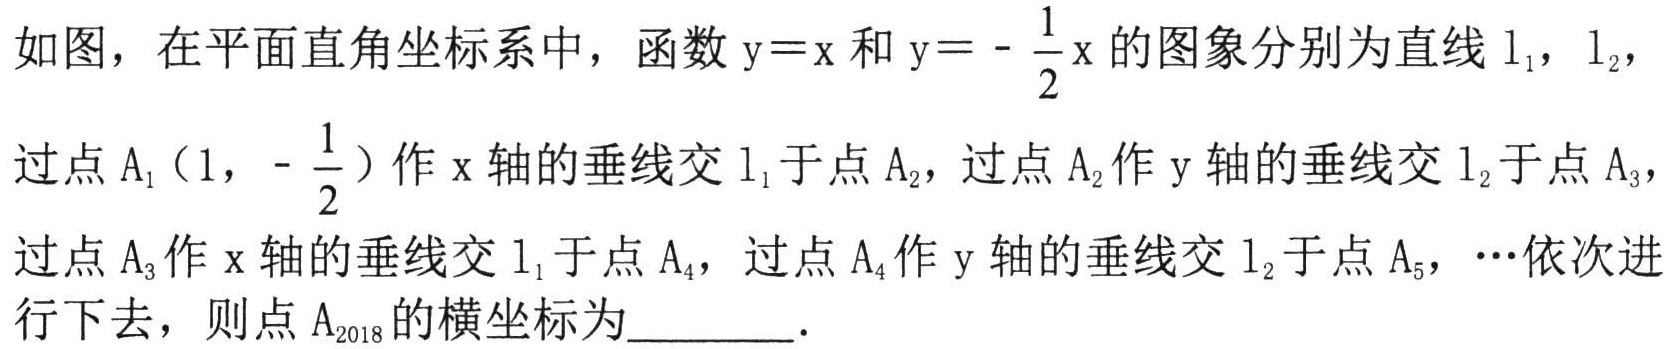
如图，在平面直角坐标系中，函数\(y = x\)和\(y=-\dfrac{1}{2}x\)的图象分别为直线\(l_1\)，\(l_2\)，
过点\(A_1(1,-\dfrac{1}{2})\)作\(x\)轴的垂线交\(l_1\)于点\(A_2\)，过点\(A_2\)作\(y\)轴的垂线交\(l_2\)于点\(A_3\)，
过点\(A_3\)作\(x\)轴的垂线交\(l_1\)于点\(A_4\)，过点\(A_4\)作\(y\)轴的垂线交\(l_2\)于点\(A_5\)，\(\cdots\)依次进
行下去，则点\(A_{2018}\)的横坐标为  ．